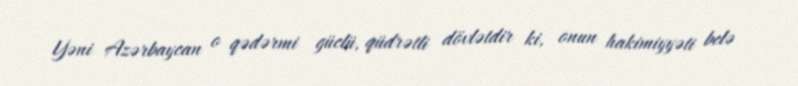
Yəni Azərbaycan o qədərmi güclü, qüdrətli dövlətdir ki, onun hakimiyyəti belə